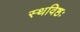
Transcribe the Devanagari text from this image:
स्थविष्ठः